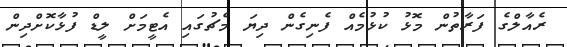
ރެއާލްގެ ފަރާތުން މޮޅު ކުޅުމެއް ފެނިގެން ދިޔަ މެޗުގައި އެޓީމަށް ލީޑް ފުޅާކޮށްދިން